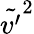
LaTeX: \tilde{v^{\prime}}^{2}